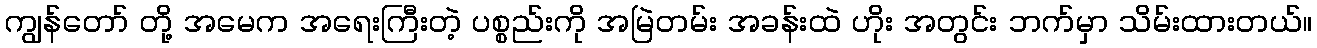
ကျွန်တော် တို့ အမေက အရေးကြီးတဲ့ ပစ္စည်းကို အမြဲတမ်း အခန်းထဲ ဟိုး အတွင်း ဘက်မှာ သိမ်းထားတယ်။